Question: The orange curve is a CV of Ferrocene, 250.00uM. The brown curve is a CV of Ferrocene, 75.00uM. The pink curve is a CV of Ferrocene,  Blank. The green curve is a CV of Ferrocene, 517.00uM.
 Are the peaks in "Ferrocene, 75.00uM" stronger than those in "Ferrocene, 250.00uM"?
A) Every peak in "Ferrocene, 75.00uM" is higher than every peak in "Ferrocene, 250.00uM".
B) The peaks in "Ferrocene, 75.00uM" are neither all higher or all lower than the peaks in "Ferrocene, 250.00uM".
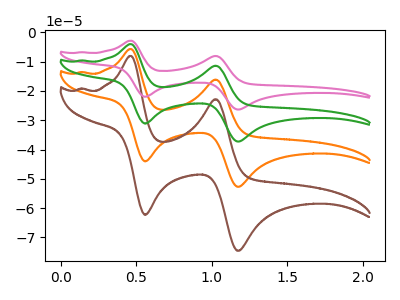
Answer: <think>The orange curve "Ferrocene, 250.00uM" has anodic peaks at (0.45V, -5.70uA) (1.05V, -16.15uA) and cathodic peaks at (0.55V, -44.00uA) (1.15V, -52.70uA). The brown curve "Ferrocene, 75.00uM" has anodic peaks at (0.45V, -8.10uA) (1.05V, -22.80uA) and cathodic peaks at (0.55V, -62.25uA) (1.15V, -74.55uA). The pink curve "Ferrocene,  Blank" has anodic peaks at (0.45V, -17.15uA) (1.05V, -48.40uA) and cathodic peaks at (0.55V, -132.05uA) (1.15V, -158.10uA). The green curve "Ferrocene, 517.00uM" has anodic peaks at (0.45V, -11.45uA) (1.05V, -32.25uA) and cathodic peaks at (0.55V, -88.00uA) (1.15V, -105.40uA).</think>
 <answer>B) The peaks in "Ferrocene, 75.00uM" are neither all higher or all lower than the peaks in "Ferrocene, 250.00uM".</answer>
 <eval>B</eval>